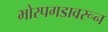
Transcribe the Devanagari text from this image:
भोरपगडावरून